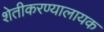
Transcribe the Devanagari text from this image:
शेतीकरण्यालायक